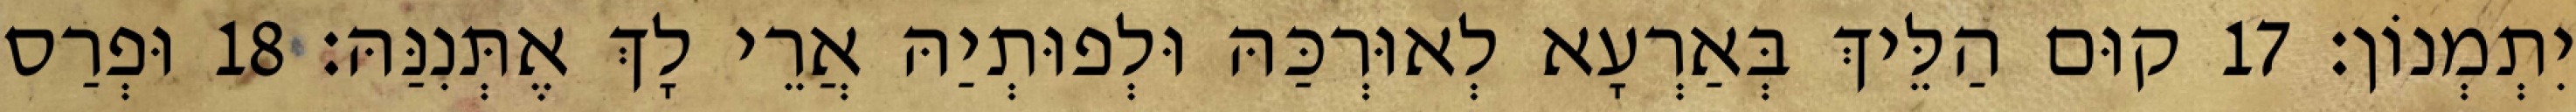
יִתְמְנוֹן׃ 17 קוּם הַלֵּיךְ בְּאַרְעָא לְאוּרְכַּהּ וּלְפוּתְיַהּ אֲרֵי לָךְ אֶתְּנִנַּהּ׃ 18 וּפְרַס